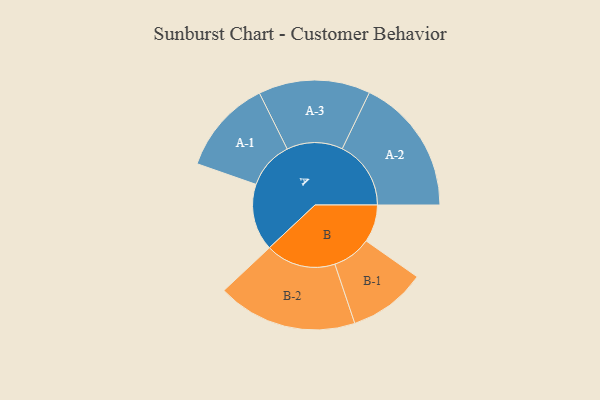
{"axis": {"x": "Segment", "y": "Value"}, "legend": ["", "A", "B"], "data": [{"x": "A", "y": 251, "type": ""}, {"x": "B", "y": 141, "type": ""}, {"x": "A-1", "y": 178, "type": "A"}, {"x": "A-2", "y": 258, "type": "A"}, {"x": "A-3", "y": 210, "type": "A"}, {"x": "B-1", "y": 146, "type": "B"}, {"x": "B-2", "y": 263, "type": "B"}]}